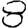
Digit: 8